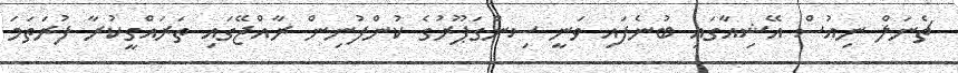
ޗެނަލް ނިއުސް އޭޝިއާގައި ބުނެފައި ވަނީ ސިންގަޕޫރުގެ ކުންފުނިން ރާއްޖޭގައި ތަރައްގީކުރާ ފުރަތަމަ